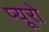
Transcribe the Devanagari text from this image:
प्यूरो